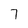
Character: 7